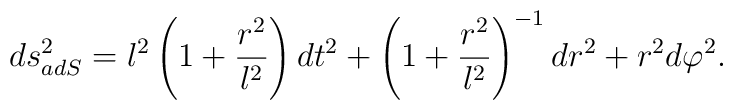
ds^2_{adS} = l^2\left(1+ \frac{r^2}{l^2} \right)dt^2 + \left(1+\frac{r^2}{l^2}\right)^{-1}dr^2 + r^2 d\varphi^2.